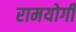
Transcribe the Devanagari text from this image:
रामयोगी